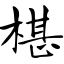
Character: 椹